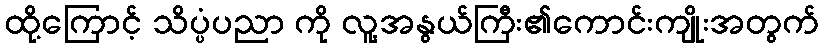
ထို့ကြောင့် သိပ္ပံပညာ ကို လူ့အနွယ်ကြီး၏ကောင်းကျိုးအတွက်